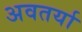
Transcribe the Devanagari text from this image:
अवतर्या